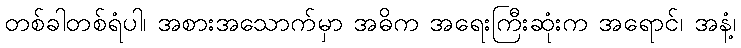
တစ်ခါတစ်ရံပါ၊ အစားအသောက်မှာ အဓိက အရေးကြီးဆုံးက အရောင်၊ အနံ့၊